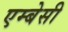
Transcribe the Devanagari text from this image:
एम्‍बेसी